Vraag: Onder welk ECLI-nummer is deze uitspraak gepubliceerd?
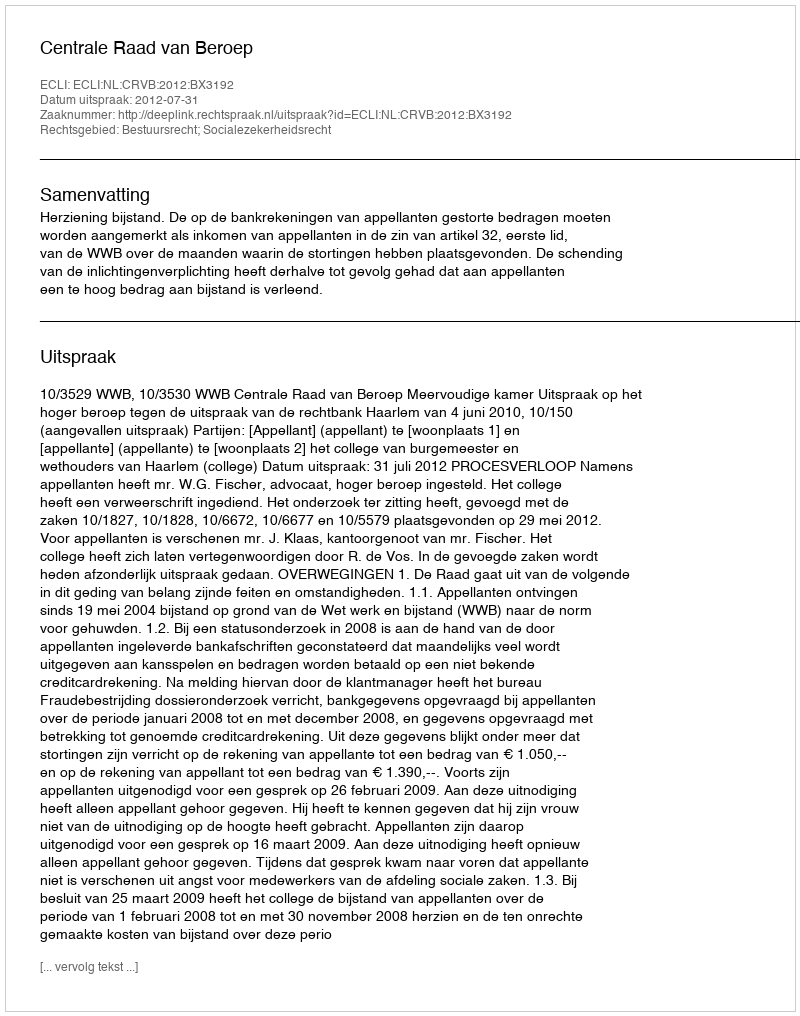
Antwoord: ECLI:NL:CRVB:2012:BX3192